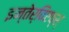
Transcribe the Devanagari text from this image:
इन्तेर्विएव्स्